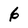
Character: 6